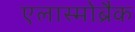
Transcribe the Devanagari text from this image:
एलास्मोब्रैक